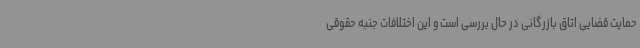
حمایت قضایی اتاق بازرگانی در حال بررسی است و این اختلافات جنبه حقوقی